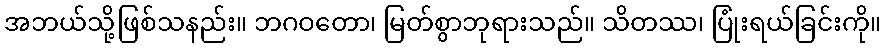
အဘယ်သို့ဖြစ်သနည်း။ ဘဂဝတော၊ မြတ်စွာဘုရားသည်။ သိတဿ၊ ပြုံးရယ်ခြင်းကို။